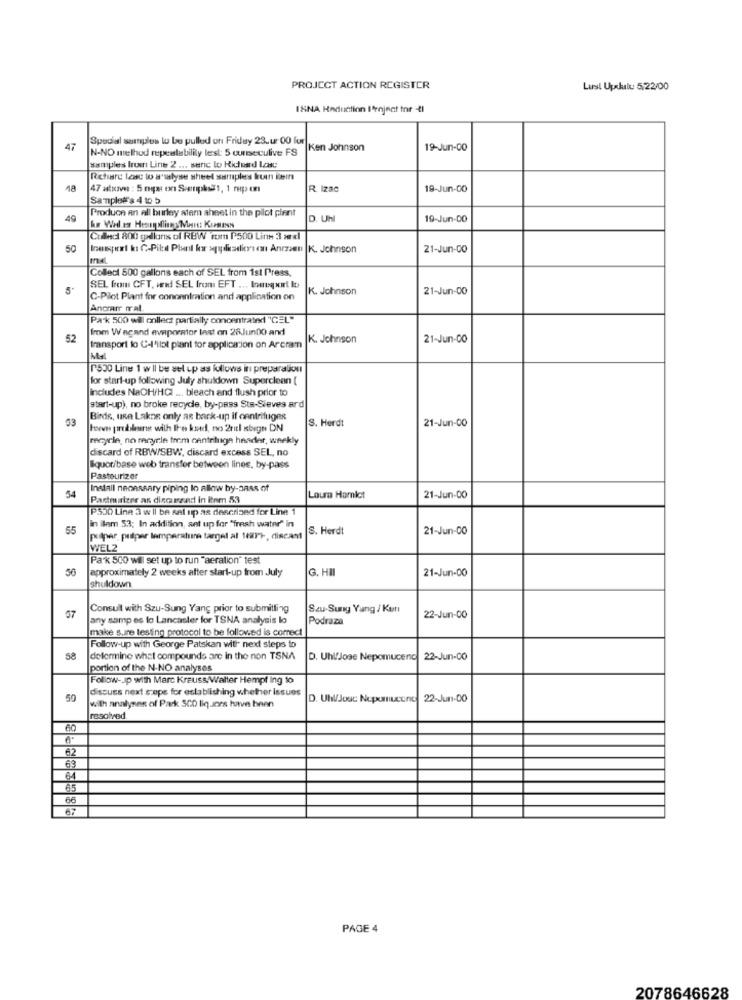
PROJECT ACTION REGISTER
Lust Upskulu 5/22/00
ISNA Reduction I'mnjnat tor -4l
Special samples to be pulled on Friday 23. u. 00 fur
47
N-NO method repaslability lest: 5 cureculive FS
Ken Johnson
19-Jun-CO
samplers Iroin Line 2 ... senc to Ridead Los;
Retire lease to a'salyse sheet samplers kuin kein
18
47 ationve : 5 mqpar on Senpls1, 1 mp o
R. Izac
19-Jun-CO
Samplet's 4 to 5
Produce an all burley stem aheet in the pilot plent
49
D. Uhl
19-Jun-DO
Collect 800 gallons of RBW com P500 Line 3 xxl
50
Inessport ky C-Piled Plant kar spolkadics ez Anzan |K. Johnson
21-Jun-00
Collect 500 gallons each of SEL from 1st Press,
CA
SEL from CFT, and SEL from: EFT ... tomuquirt It)
K. Johnson
21-Jun-00
C-Pilot Plant for conoanimation and application on
Andrarr mat
Pak 500 will collect partially concentrated "CEL"
from W acand evaporator last an 28.Jun00 and
52
K. Johnson
21-Jun-00
ransport lo C-l'ilot plant for application on Arcram
Mal
[530 Line 1 w ll be set up as follows in preparation
for start-up following July shutdown Superclean [
includes NaOH/HCI ... bleach and flush prior to
start-up), no broke recyde, by-pass Sta-Sieves ard
33
Binde, use Lakne only as back-up If centrifuges
21-Jun-00
S. Herdt
recycle, no renyele from centrifuga header, weekly
discard of RBW/SBW, discard excess SEL, no
liquor/base web transfer between lines, by-pass
Pasteurizer
Install necessary piping lo allow by-dass of
54
Partmirizer an discrand in itnm 53
Laura Hamlet
21-Jun-00
P530 Line 3 wil be sal ip as described for Line 1
in ilem 53; In addition, set up for "fresh water" in
55
S. Herdt
21-Jun-CO
putper, priper lamparatune target al 1001), discant
WEL2
Pak 500 wil set up to run "aeration" test
56
approximately 2 weeks after start-up from July
G. HII
21-Jun-00
shuldown
Consult with Szu-Sung Yang prior to submitling
Szu.Suny Yang / Ker
57
any samp es lo Lancaster for TSNA analysis lo
Podraza
22-Jun-00
make sure testing protocol to be follov.ed is correct
Follow-up with George Patskan with next steps to
58
determine what compounds are in the non TSNA
D. Uhl'Jose Nepomuceno
22-Jun-00
portion of the N-NO analyses
Follow-up with Marc Krauss.Walter Hempf Ing to
discuss next steps for establishing whether issues
59
D. UNJour Nepomuceno
22-Jun-00
with analyses of Park SCO liquors have been
resolved
60
67
69
PAGE 4
2078646628